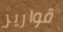
قوارير